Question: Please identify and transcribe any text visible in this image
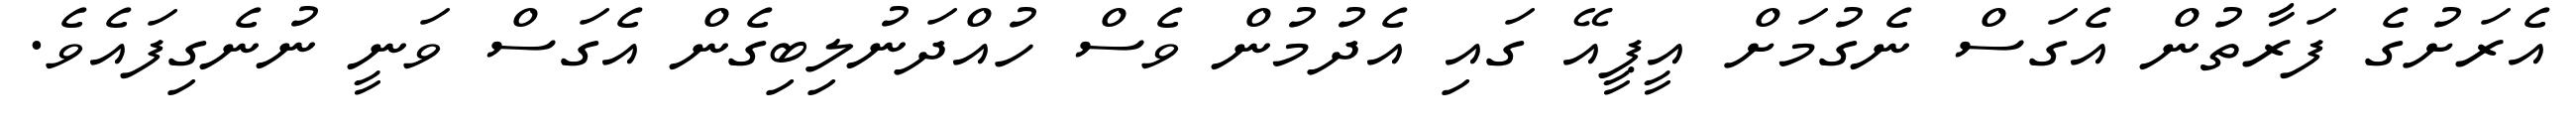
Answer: އެރަށުގެ ފަރާތުން އެގަސް ނެގުމަށް އީޕީއޭ ގައި އެދުމުން ވެސް ހުއްދަނުލިބިގެން އެގަސް ވަނީ ނުނެގިފައެވެ.